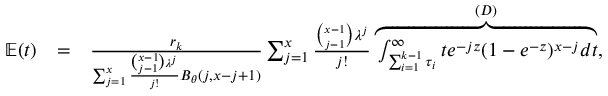
\begin{array} { r l r } { \mathbb { E } ( t ) } & { = } & { \frac { r _ { k } } { \sum _ { j = 1 } ^ { x } \frac { \binom { x - 1 } { j - 1 } \lambda ^ { j } } { j ! } B _ { \theta } ( j , x - j + 1 ) } \sum _ { j = 1 } ^ { x } \frac { \binom { x - 1 } { j - 1 } \lambda ^ { j } } { j ! } \overbrace { \int _ { \sum _ { i = 1 } ^ { k - 1 } \tau _ { i } } ^ { \infty } t e ^ { - j z } ( 1 - e ^ { - z } ) ^ { x - j } d t } ^ { ( D ) } , } \end{array}